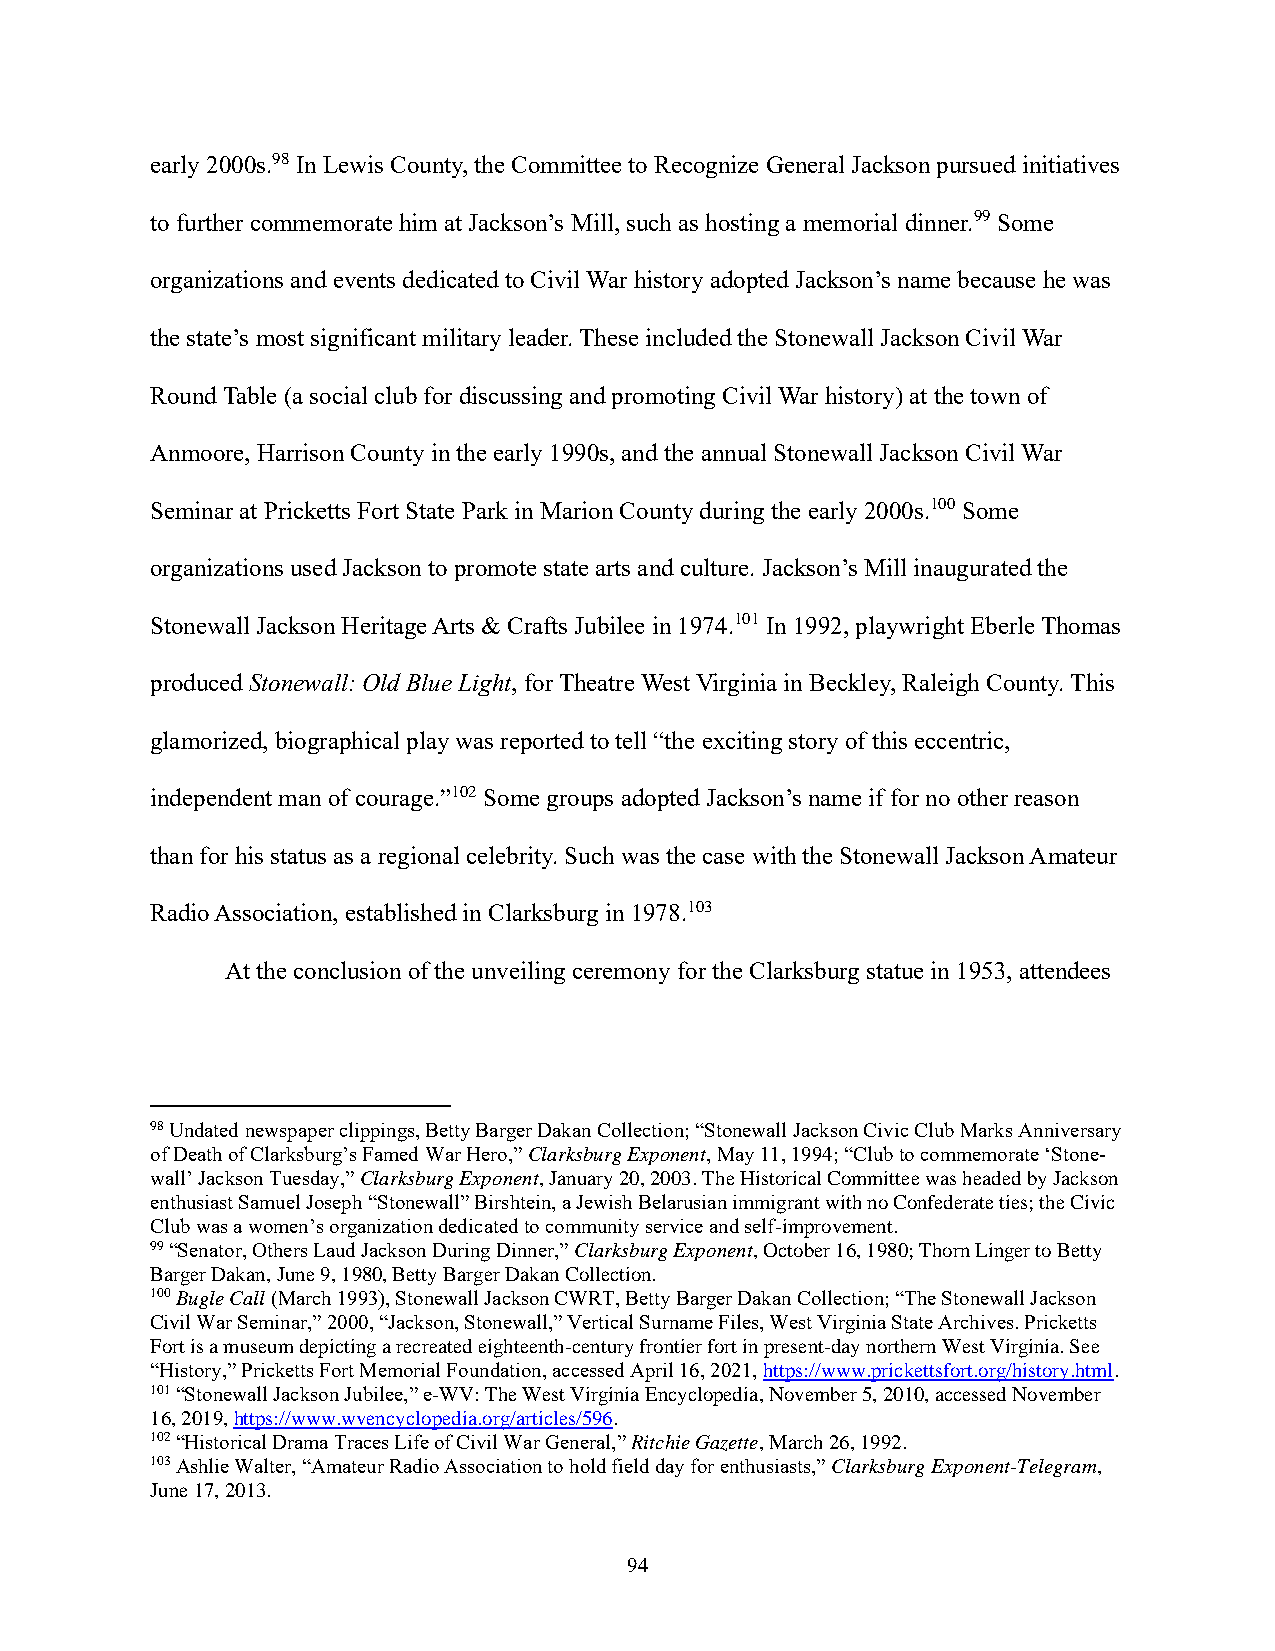
early 2000s.98 In Lewis County, the Committee to Recognize General Jackson pursued initiatives
 to further commemorate him at Jackson’s Mill, such as hosting a memorial dinner.99 Some
 organizations and events dedicated to Civil War history adopted Jackson’s name because he was
 the state’s most significant military leader. These included the Stonewall Jackson Civil War
 Round Table (a social club for discussing and promoting Civil War history) at the town of
 Anmoore, Harrison County in the early 1990s, and the annual Stonewall Jackson Civil War
 Seminar at Pricketts Fort State Park in Marion County during the early 2000s.100 Some
 organizations used Jackson to promote state arts and culture. Jackson’s Mill inaugurated the
 Stonewall Jackson Heritage Arts & Crafts Jubilee in 1974.101 In 1992, playwright Eberle Thomas
 produced Stonewall: Old Blue Light, for Theatre West Virginia in Beckley, Raleigh County. This
 glamorized, biographical play was reported to tell “the exciting story of this eccentric,
 independent man of courage.”102 Some groups adopted Jackson’s name if for no other reason
 than for his status as a regional celebrity. Such was the case with the Stonewall Jackson Amateur
 Radio Association, established in Clarksburg in 1978.103
 At the conclusion of the unveiling ceremony for the Clarksburg statue in 1953, attendees
 98 Undated newspaper clippings, Betty Barger Dakan Collection; “Stonewall Jackson Civic Club Marks Anniversary
 of Death of Clarksburg’s Famed War Hero,” Clarksburg Exponent, May 11, 1994; “Club to commemorate ‘Stone-
 wall’ Jackson Tuesday,” Clarksburg Exponent, January 20, 2003. The Historical Committee was headed by Jackson
 enthusiast Samuel Joseph “Stonewall” Birshtein, a Jewish Belarusian immigrant with no Confederate ties; the Civic
 Club was a women’s organization dedicated to community service and self-improvement.
 99 “Senator, Others Laud Jackson During Dinner,” Clarksburg Exponent, October 16, 1980; Thorn Linger to Betty
 Barger Dakan, June 9, 1980, Betty Barger Dakan Collection.
 100 Bugle Call (March 1993), Stonewall Jackson CWRT, Betty Barger Dakan Collection; “The Stonewall Jackson
 Civil War Seminar,” 2000, “Jackson, Stonewall,” Vertical Surname Files, West Virginia State Archives. Pricketts
 Fort is a museum depicting a recreated eighteenth-century frontier fort in present-day northern West Virginia. See
 “History,” Pricketts Fort Memorial Foundation, accessed April 16, 2021, https://www.prickettsfort.org/history.html.
 101 “Stonewall Jackson Jubilee,” e-WV: The West Virginia Encyclopedia, November 5, 2010, accessed November
 16, 2019, https://www.wvencyclopedia.org/articles/596.
 102 “Historical Drama Traces Life of Civil War General,” Ritchie Gazette, March 26, 1992.
 103 Ashlie Walter, “Amateur Radio Association to hold field day for enthusiasts,” Clarksburg Exponent-Telegram,
 June 17, 2013.
 94